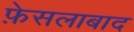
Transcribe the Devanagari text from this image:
फ़ेसलाबाद